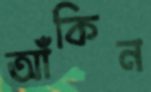
আঁকিন